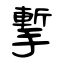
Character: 㨻